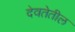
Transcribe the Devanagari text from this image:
देवतेतील